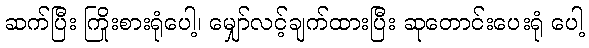
ဆက်ပြီး ကြိုးစားရုံပေါ့၊ မျှော်လင့်ချက်ထားပြီး ဆုတောင်းပေးရုံ ပေါ့